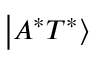
\left| A ^ { * } T ^ { * } \right\rangle